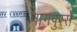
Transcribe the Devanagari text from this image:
नागपुरसे